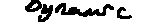
Text: Dynamic